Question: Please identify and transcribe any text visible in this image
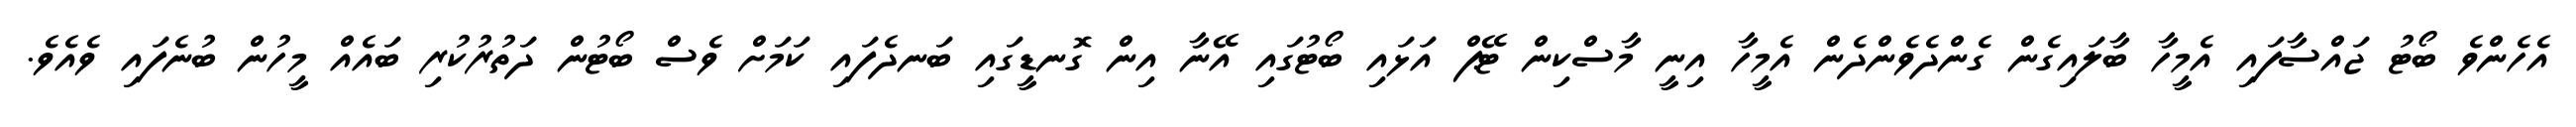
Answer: އެހެންވެ ބޯޓު ޖައްސާފައި އެމީހާ ބާލައިގެން ގެންދެވެންދެން އެމީހާ އިނީ މާސްކިން ޓޭޕް އަޅައި ބޯޓުގައި އޭނާ އިން ގޮނޑީގައި ބަނދެފައި ކަމަށް ވެސް ބޯޓުން ދަތުރުކުރި ބައެއް މީހުން ބުނެފައި ވެއެވެ.